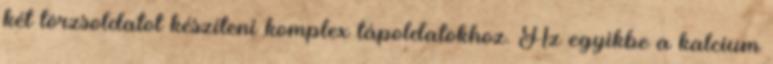
két törzsoldatot készíteni komplex tápoldatokhoz. Az egyikbe a kalcium